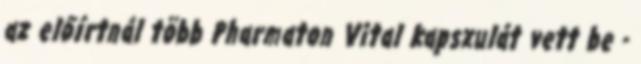
az előírtnál több Pharmaton Vital kapszulát vett be -